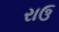
રાઉ